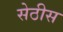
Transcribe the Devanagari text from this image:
सेठीस